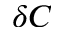
\delta C